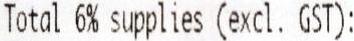
TOTAL 6% SUPPLIES (EXCL. GST):